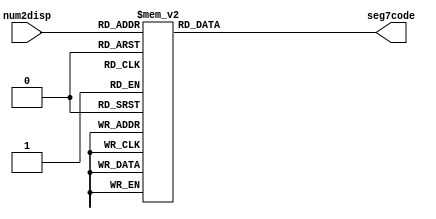
module display(
input [3:0]num2disp,
output reg [6:0]seg7code
);
/*
	Takes in a 4 bit number and converts it to 0-f on a seven segment
*/


always @(*)
begin

case (num2disp)
	4'b0000: seg7code = 7'b1000000;// 0
	4'b0001: seg7code = 7'b1111001;
	4'b0010: seg7code = 7'b0100100;
	4'b0011: seg7code = 7'b0110000;
	4'b0100: seg7code = 7'b0011001;// 4
	4'b0101: seg7code = 7'b0010010;
	4'b0110: seg7code = 7'b0000010;
	4'b0111: seg7code = 7'b1111000;
	4'b1000: seg7code = 7'b0000000;// 8
	4'b1001: seg7code = 7'b0011000;
	4'b1010: seg7code = 7'b0001000;
	4'b1011: seg7code = 7'b0000011;
	4'b1100: seg7code = 7'b0100111;// 12(c)
	4'b1101: seg7code = 7'b0100001;
	4'b1110: seg7code = 7'b0000100;
	4'b1111: seg7code = 7'b0001110;
	endcase
end
endmodule